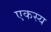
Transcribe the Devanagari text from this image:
एकस्य